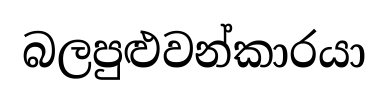
බලපුළුවන්කාරයා